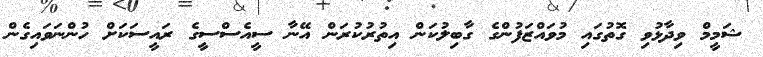
ޝަމީމް ވިދާޅުވި ގޮތުގައި މުވައްޒަފުންގެ ގާބިލުކަން އިތުރުކުރަން އޭނާ ސީއެސްސީގެ ރައީސަކަށް ހުންނަވައިގެން